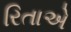
રિતાએ